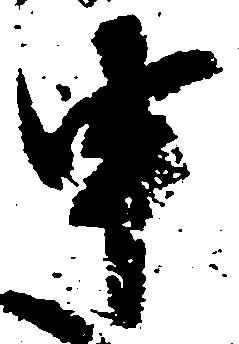
申